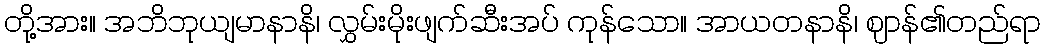
တို့အား။ အဘိဘုယျမာနာနိ၊ လွှမ်းမိုးဖျက်ဆီးအပ် ကုန်သော။ အာယတနာနိ၊ ဈာန်၏တည်ရာ